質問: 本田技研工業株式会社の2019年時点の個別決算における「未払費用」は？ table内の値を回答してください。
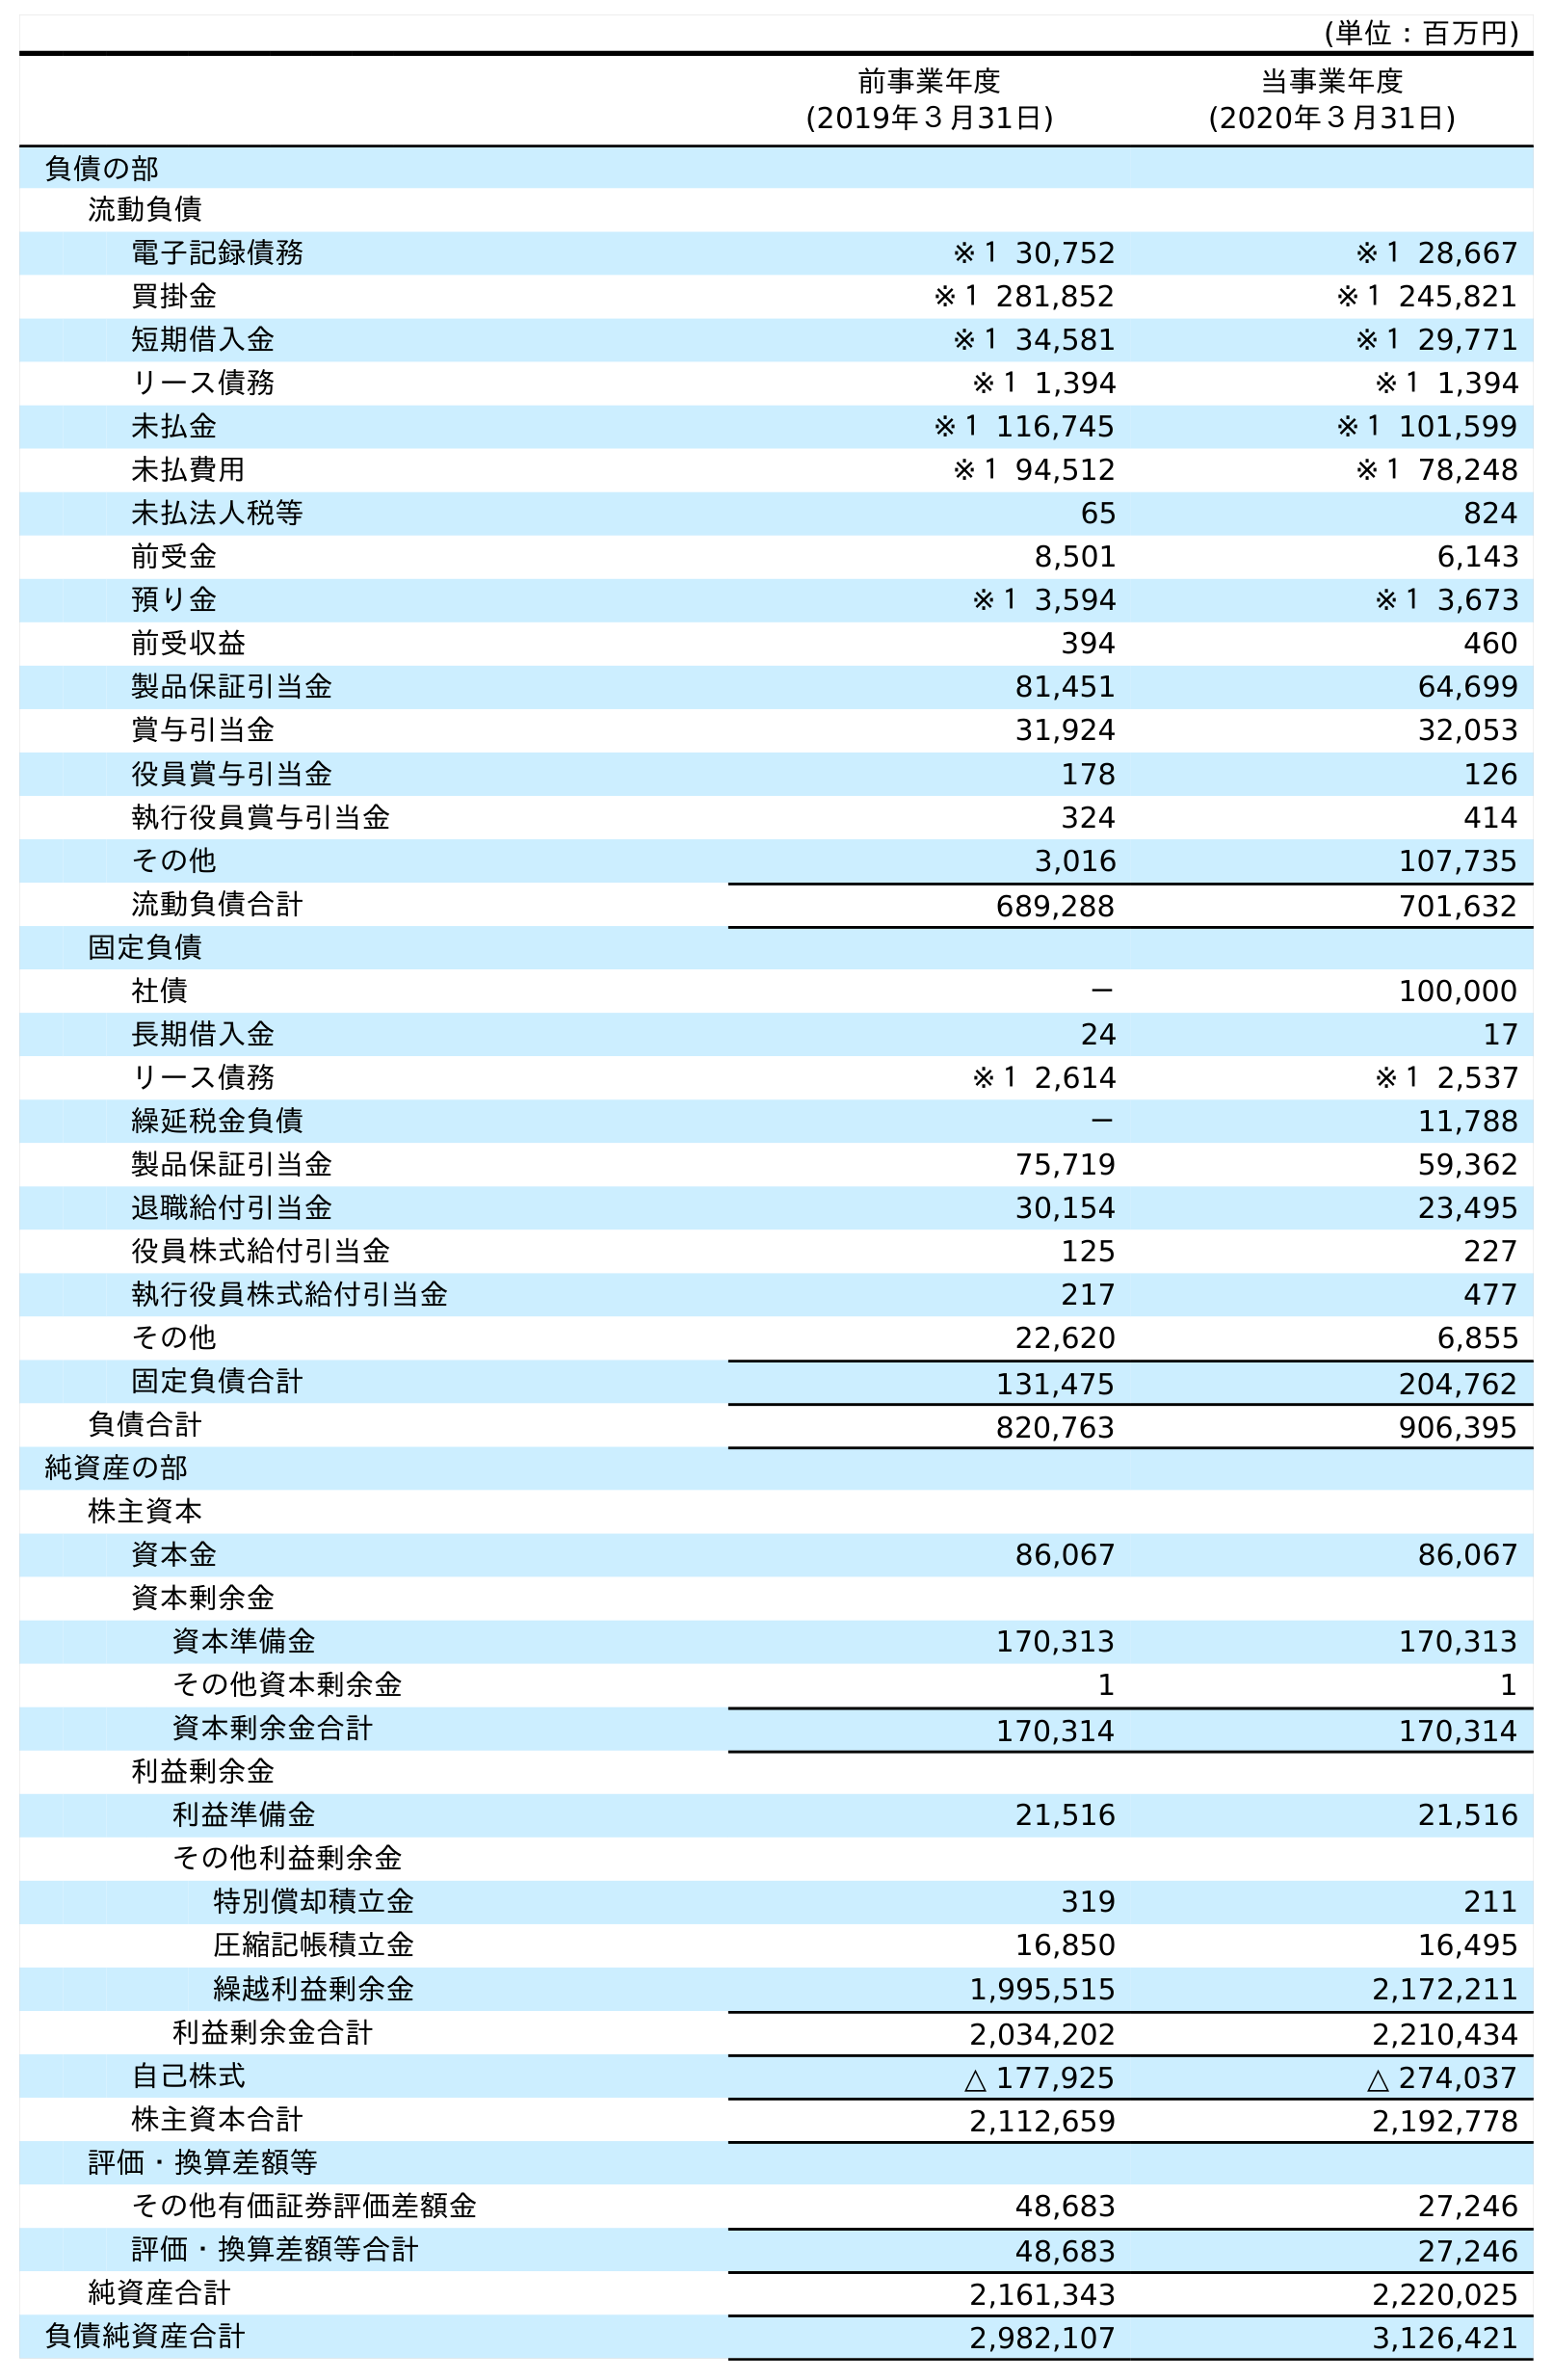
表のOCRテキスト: (単位：百万円) 前事業年度 (2019年３月31日) 当事業年度 (2020年３月31日) 負債の部 流動負債 電子記録債務 ※１ 30,752 ※１ 28,667 買掛金 ※１ 281,852 ※１ 245,821 短期借入金 ※１ 34,581 ※１ 29,771 リース債務 ※１ 1,394 ※１ 1,394 未払金 ※１ 116,745 ※１ 101,599 未払費用 ※１ 94,512 ※１ 78,248 未払法人税等 65 824 前受金 8,501 6,143 預り金 ※１ 3,594 ※１ 3,673 前受収益 394 460 製品保証引当金 81,451 64,699 賞与引当金 31,924 32,053 役員賞与引当金 178 126 執行役員賞与引当金 324 414 その他 3,016 107,735 流動負債合計 689,288 701,632 固定負債 社債 － 100,000 長期借入金 24 17 リース債務 ※１ 2,614 ※１ 2,537 繰延税金負債 － 11,788 製品保証引当金 75,719 59,362 退職給付引当金 30,154 23,495 役員株式給付引当金 125 227 執行役員株式給付引当金 217 477 その他 22,620 6,855 固定負債合計 131,475 204,762 負債合計 820,763 906,395 純資産の部 株主資本 資本金 86,067 86,067 資本剰余金 資本準備金 170,313 170,313 その他資本剰余金 1 1 資本剰余金合計 170,314 170,314 利益剰余金 利益準備金 21,516 21,516 その他利益剰余金 特別償却積立金 319 211 圧縮記帳積立金 16,850 16,495 繰越利益剰余金 1,995,515 2,172,211 利益剰余金合計 2,034,202 2,210,434 自己株式 △ 177,925 △ 274,037 株主資本合計 2,112,659 2,192,778 評価・換算差額等 その他有価証券評価差額金 48,683 27,246 評価・換算差額等合計 48,683 27,246 純資産合計 2,161,343 2,220,025 負債純資産合計 2,982,107 3,126,421
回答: ※１94,512